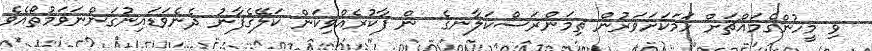
ވި މީހުންގެމައްޗަށް ހަމަކަށަވަރުން ތިމަންރަސްކަލާނގެ  ން ފާކުރެއްވިކަން ކަލޭގެފާނު ދެނެވަޑައިނުގަންނަވަމުތޯއެވެ